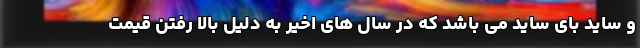
و ساید بای ساید می باشد که در سال های اخیر به دلیل بالا رفتن قیمت